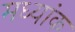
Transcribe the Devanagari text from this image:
मध्यांक